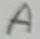
Text: A